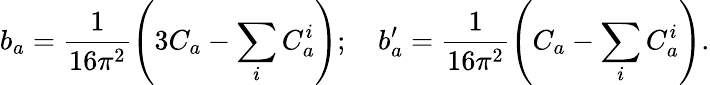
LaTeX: b_{a}=\frac{1}{16\pi^{2}}\left(3C_{a}-\sum_{i}C_{a}^{i}\right);\quad b_{a}^{\prime}=\frac{1}{16\pi^{2}}\left(C_{a}-\sum_{i}C_{a}^{i}\right).